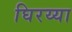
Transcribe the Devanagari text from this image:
घिरय्या